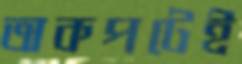
অকপটেই